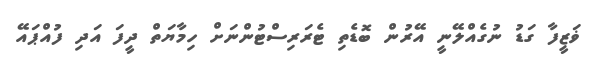
ޥަޒީފާ ގަޑު ނުގެއްލޭނީ އޭރުން ބޮޑެތި ޓެރަރިސްޓުންނަށް ހިމާޔަތް ދީފަ އަދި ފުއްޕައޭ